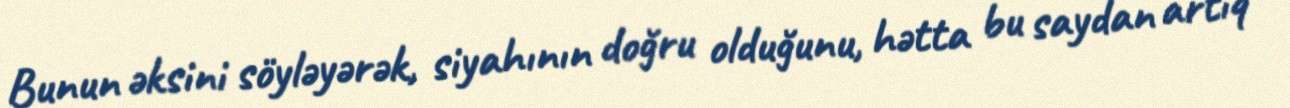
Bunun əksini söyləyərək, siyahının doğru olduğunu, hətta bu saydan artıq